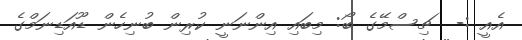
އެއީ :-  ޗިސްމޭގެ ބޯ: މިބައި އިންނަނީ ކުރިން ބުނިހެން ޑޫއަޑިނަމްގެ